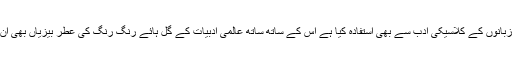
انھوں نے پاکستان کی قومی اور علاقائی زبانوں کے کلاسیکی ادب سے بھی استفادہ کیا ہے اس کے ساتھ ساتھ عالمی ادبیات کے گل ہائے رنگ رنگ کی عطر بیزیاں بھی ان کی تحریروں میں اپنا جلوہ دکھا رہی ہیں۔